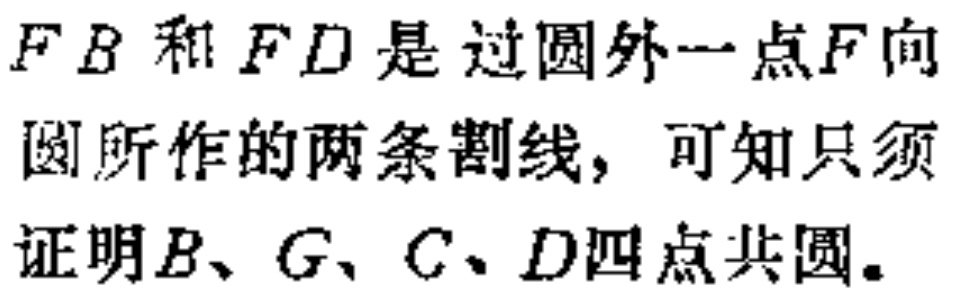
$FB$和$FD$是过圆外一点$F$向圆所作的两条割线，可知只须证明$B、G、C、D$四点共圆。